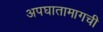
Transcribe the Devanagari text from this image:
अपघातामागची